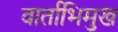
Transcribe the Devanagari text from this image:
वार्ताभिमुख